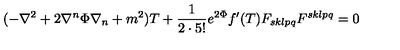
( - \nabla ^ { 2 } + 2 \nabla ^ { n } \Phi \nabla _ { n } + m ^ { 2 } ) T + \frac { 1 } { 2 \cdot 5 ! } e ^ { 2 \Phi } f ^ { \prime } ( T ) F _ { s k l p q } F ^ { s k l p q } = 0